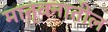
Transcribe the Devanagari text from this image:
मातृवनातील